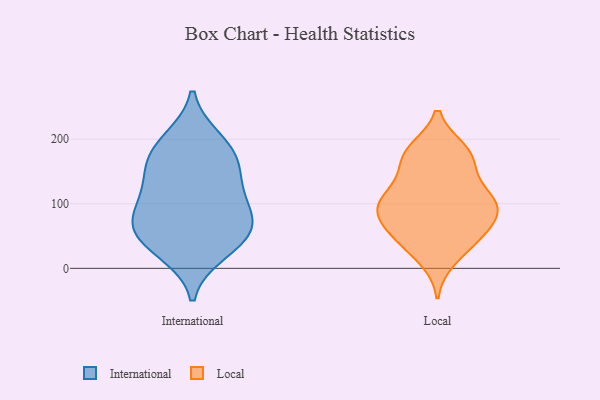
{"axis": {"x": "Energy Usage (MWh)", "y": "Value"}, "legend": ["International", "Local"], "data": [{"x": "", "y": 59, "type": "International"}, {"x": "", "y": 166, "type": "International"}, {"x": "", "y": 96, "type": "International"}, {"x": "", "y": 130, "type": "International"}, {"x": "", "y": 198, "type": "International"}, {"x": "", "y": 61, "type": "International"}, {"x": "", "y": 100, "type": "International"}, {"x": "", "y": 153, "type": "International"}, {"x": "", "y": 186, "type": "International"}, {"x": "", "y": 40, "type": "International"}, {"x": "", "y": 67, "type": "International"}, {"x": "", "y": 26, "type": "International"}, {"x": "", "y": 116, "type": "Local"}, {"x": "", "y": 182, "type": "Local"}, {"x": "", "y": 177, "type": "Local"}, {"x": "", "y": 15, "type": "Local"}, {"x": "", "y": 38, "type": "Local"}, {"x": "", "y": 80, "type": "Local"}, {"x": "", "y": 43, "type": "Local"}, {"x": "", "y": 61, "type": "Local"}, {"x": "", "y": 104, "type": "Local"}, {"x": "", "y": 101, "type": "Local"}, {"x": "", "y": 89, "type": "Local"}, {"x": "", "y": 169, "type": "Local"}, {"x": "", "y": 115, "type": "Local"}, {"x": "", "y": 100, "type": "Local"}, {"x": "", "y": 151, "type": "Local"}, {"x": "", "y": 55, "type": "Local"}, {"x": "", "y": 180, "type": "Local"}, {"x": "", "y": 83, "type": "Local"}]}